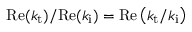
\mathrm { R e } ( k _ { \mathrm { t } } ) / \mathrm { R e } ( k _ { \mathrm { i } } ) = \mathrm { R e } \left( k _ { \mathrm { t } } / k _ { \mathrm { i } } \right)